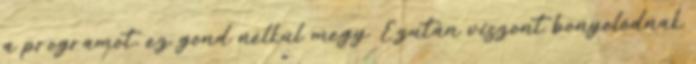
a programot, ez gond nélkül megy. Ezután viszont bonyolódnak